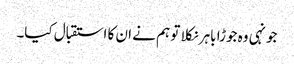
جونہی وہ جوڑا باہر نکلا تو ہم نے ان کا استقبال کیا۔